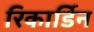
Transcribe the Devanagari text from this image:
रिकार्डिन